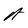
Character: A